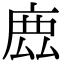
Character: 𢉖